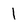
Character: 1